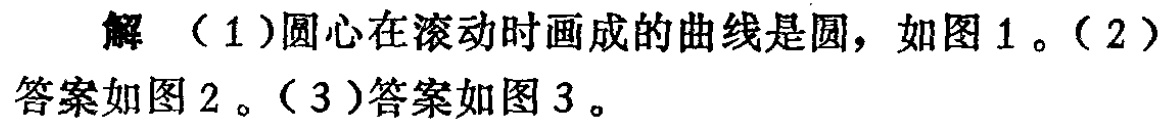
解 （1）圆心在滚动时画成的曲线是圆，如图 1 。（2）答案如图 2 。（3）答案如图 3 。